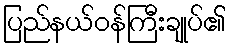
ပြည်နယ်ဝန်ကြီးချုပ်၏